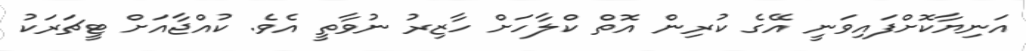
އަނިޔާކޮށްފައިވަނީ އޭގެ ކުރިން އޮތް ކްލާހަށް ހާޒިރު ނުވާތީ އެވެ. ކުއްޖާއަށް ޓީޗަރަކު